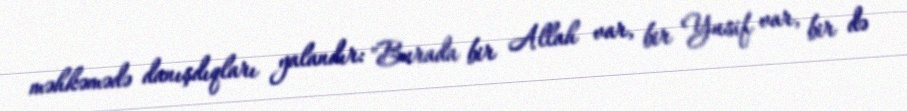
məhkəmədə danışdıqları yalandır: "Burada bir Allah var, bir Yusif var, bir də